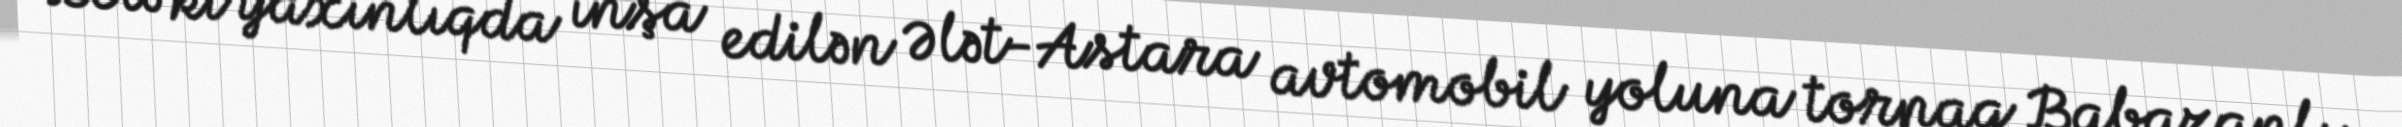
Belə ki yaxınlıqda inşa edilən Ələt-Astara avtomobil yoluna torpaq Babazanlı